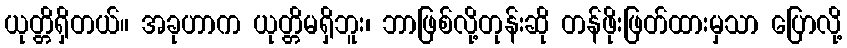
ယုတ္တိရှိတယ်။ အခုဟာက ယုတ္တိမရှိဘူး၊ ဘာဖြစ်လို့တုန်းဆို တန်ဖိုးဖြတ်ထားမှသာ ပြောလို့